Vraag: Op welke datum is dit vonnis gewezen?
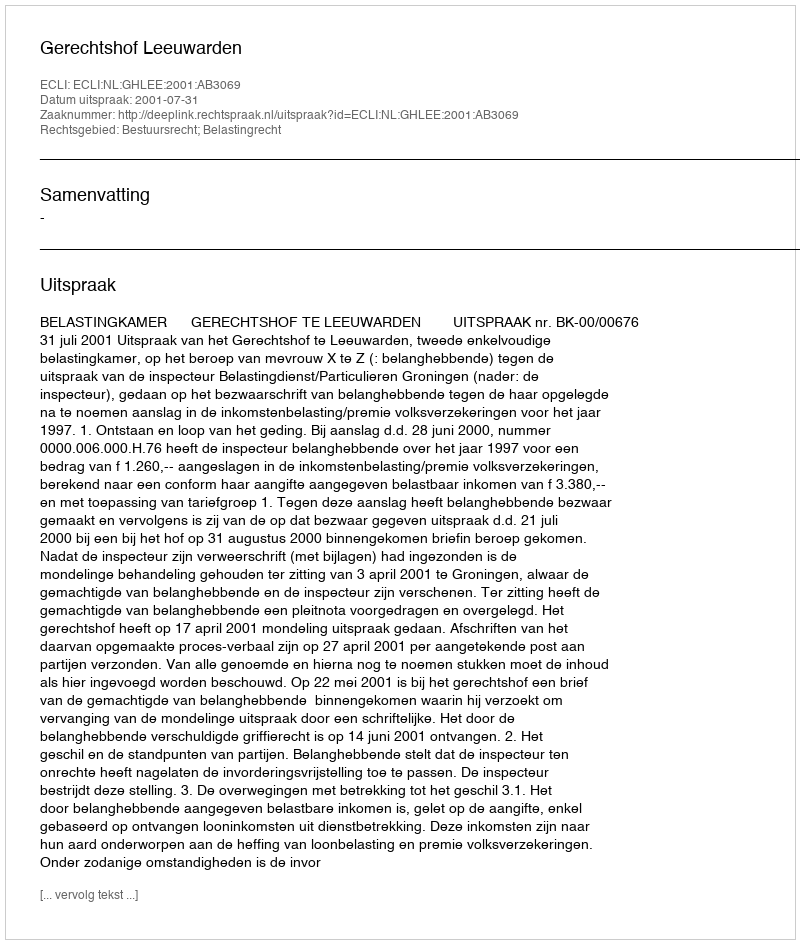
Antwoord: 2001-07-31